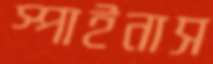
স্পাইনাস